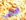
قدمى